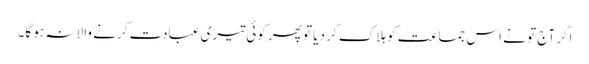
اگر آج تو نے اس جماعت کو ہلاک کر دیا تو پھر کوئی تیری عبادت کرنے والا نہ ہو گا۔